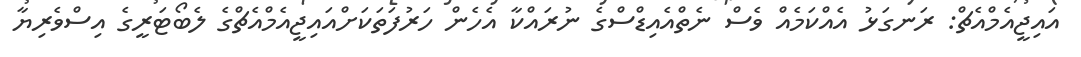
އައިޖީއެމްއެޗް: ރަނގަޅު އެއްކަމެއް ވެސް ނެތްއެއިޑްސްގެ ނުރައްކާ އެހެން ހަރުފަތަކަށްއައިޖީއެމްއެޗްގެ ލެބޯޓަރީގެ އިސްވެރިޔާ